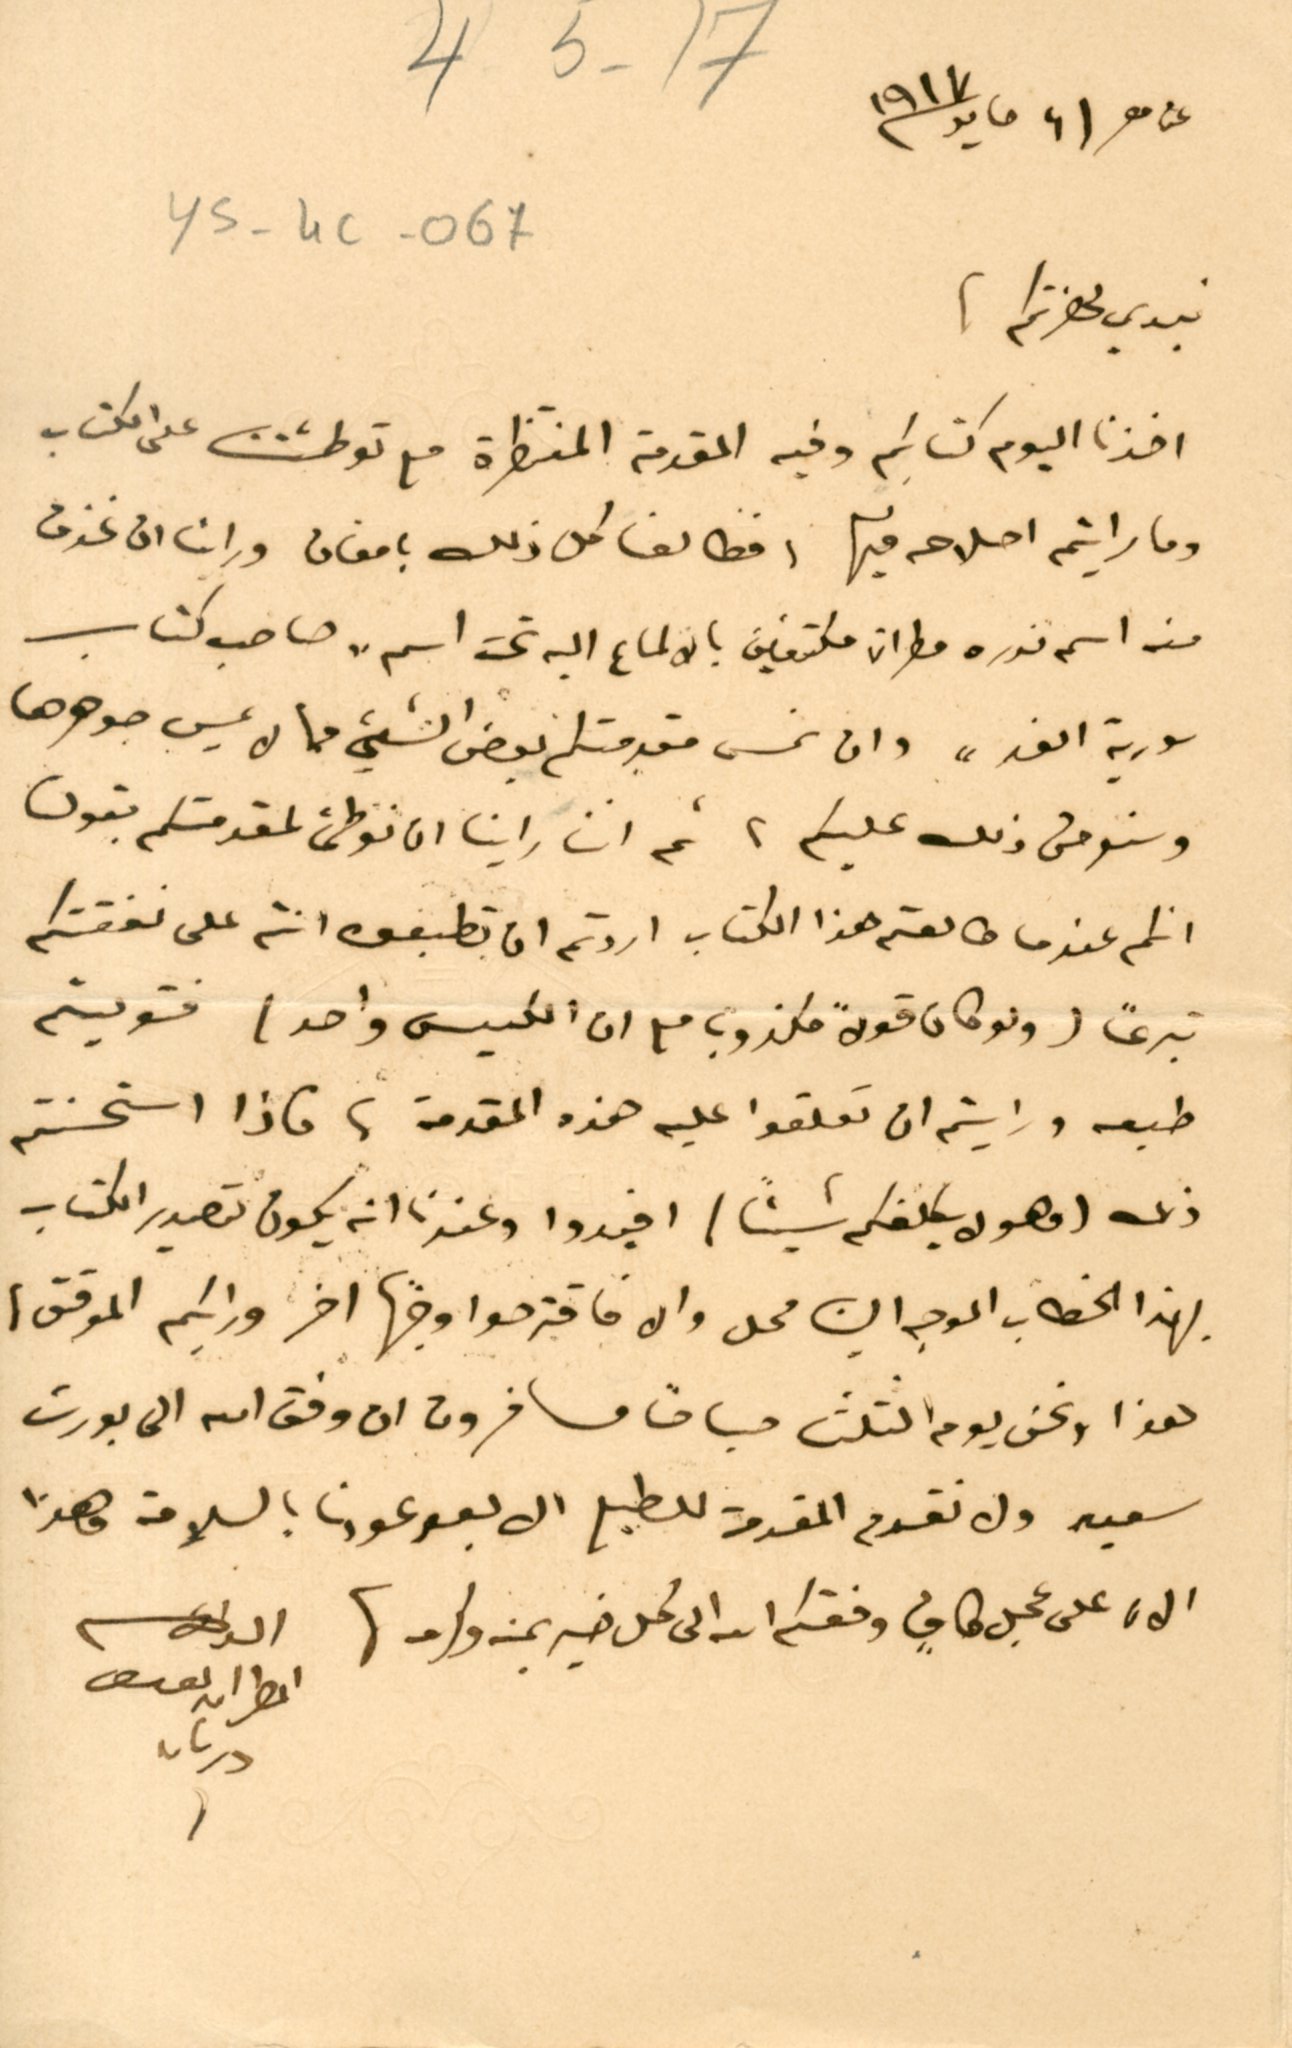
عن ٢١ مايو ١٩١٧
نبدي لحضرتكم
اخذنا اليوم كتابكم وفيه المقدمة المنتظرة مع توطئتنا على الكتاب
وما رايتم اصلاحه فيها فطالعنا كل ذلك بامعان وراينا ان نحذف
منه اسم ندره مطران مكتفين بالالماع اليه تحت اسم "صاحب كتاب
سورية الغد" وان نمس مقدمتكم بعض الشيء مما لا عيب جوهرها
وسنومن ذلك عليكم، ثم اننا راينا انا نوطئ لمقدمتكم بقول
انكم عندما طالعتم هذا الكتاب اردتم ان تطبعوه انتم على نفقتكم
تبرعًا (ولو كان قولاً مكذوب مع ان الكيس واحد) فتوليتم
طبعه ورايتم ان تعلقوا عليه هذه المقدمة، فاذا استحسنتم
ذلك (فهو لا يكلفكم شيئًا) افيدوا وعندنا انه يكون تصدير الكتاب
بهذا الخطاب الموجه الينا محل والا فاقترحوا وجهًا اخر ورايكم الموقق،
هذا ونحن يوم الثلثا صباحًا مسافرون ان وفق الله الى بورت
سعيد ولا نقدم المقدمة للطبع الا بعد عودنا بالسلامة وهذا
الان على عجل كافٍ وفقكم الله الى كل خير يمنه وكرمه
المطران يوسف دريان
4 5 -17
ys- 4C - 067
الداعى